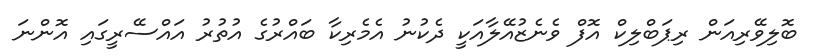
ބޮލިވޭރިއަން ރިޕަބްލިކް އޮފް ވެނެޒުއޭލާއަކީ ދެކުނު އެމެރިކާ ބައްރުގެ އުތުރު އައްސޭރީގައި އޮންނަ